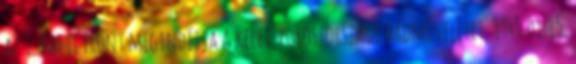
az 1. Balti Front megindítja a kelet-poroszországi hadmûveletet. 1945.01.15.